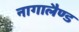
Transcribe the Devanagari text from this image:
नागालैण्‍ड